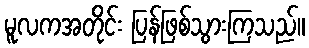
မူလကအတိုင်း ပြန်ဖြစ်သွားကြသည်။